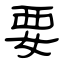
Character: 要